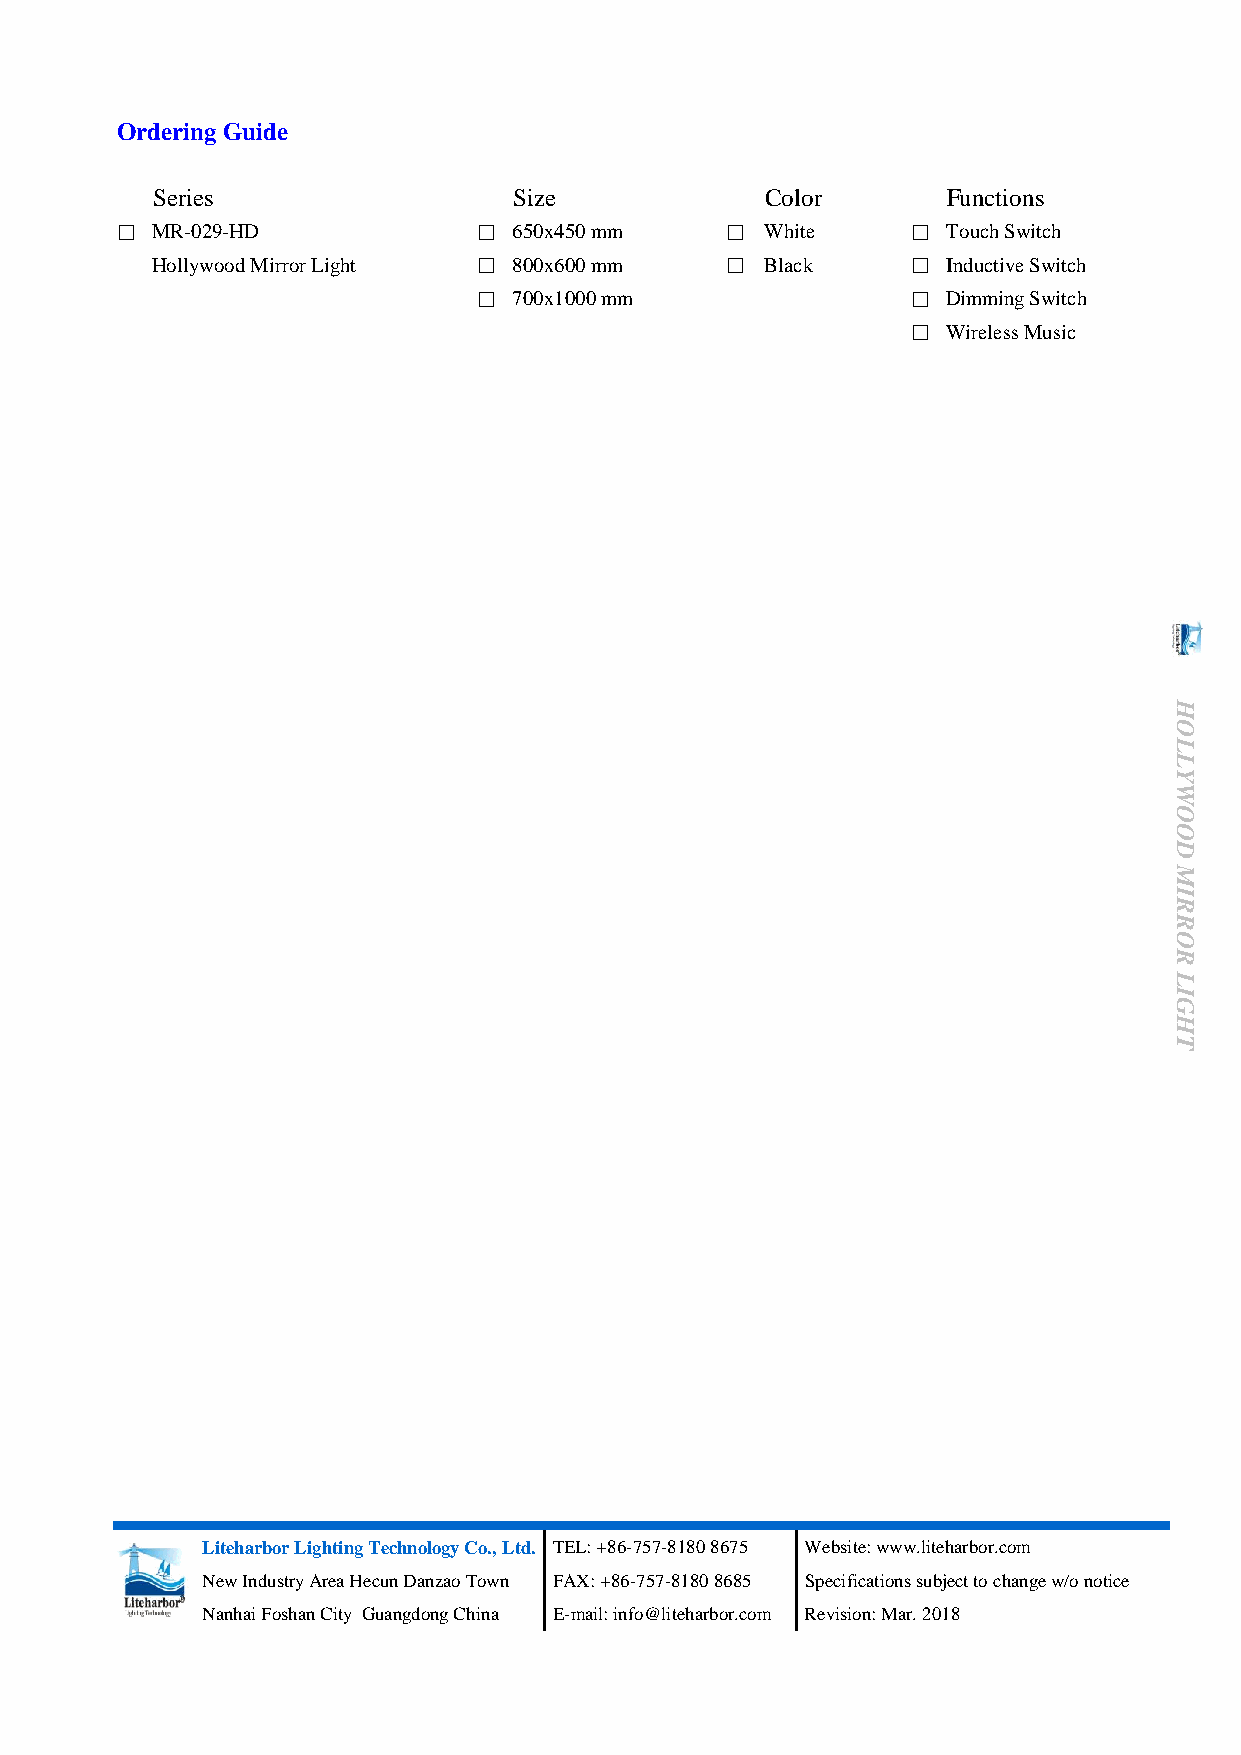
Ordering Guide
 Series                  Size             Color       Functions
 □ MR-029-HD             □ 650x450 mm    □  White    □  Touch Switch
 Hollywood Mirror Light □ 800x600 mm   □  Black    □  Inductive Switch
 □ 700x1000 mm               □  Dimming Switch
 □  Wireless Music
 H
 O
 L
 L
 Y
 W
 O
 O
 D
 M
 I
 R
 R
 O
 R
 L
 I
 G
 H
 T
 Liteharbor Lighting Technology Co., Ltd. TEL: +86-757-8180 8675 Website: www.liteharbor.com
 New Industry Area Hecun Danzao Town FAX: +86-757-8180 8685 Specifications subject to change w/o notice
 Nanhai Foshan City Guangdong China E-mail: info@liteharbor.com Revision: Mar. 2018